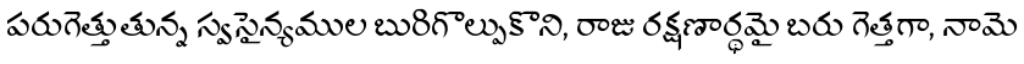
పరుగెత్తుతున్న స్వసైన్యముల బురిగొల్పుకొని, రాజు రక్షణార్థమై బరు గెత్తగా, నామె